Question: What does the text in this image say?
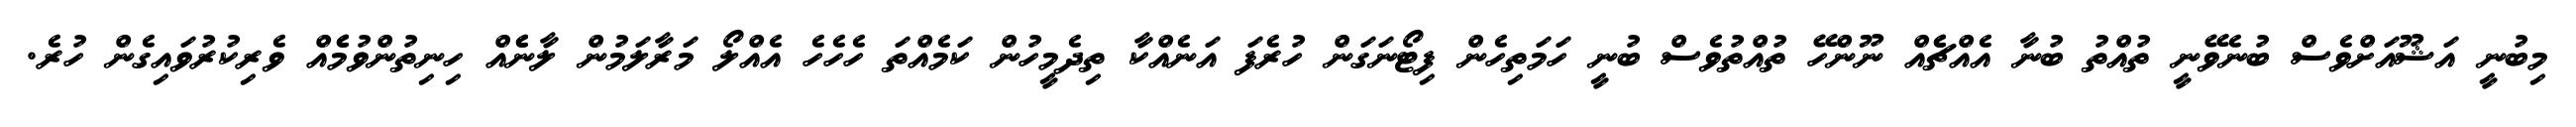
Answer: މިބުނީ އަޝޫއަށްވެސް ބުނެވޭނީ ތުއްތު ބުނާ އެއްޗެެއް ނޫންހޭ ތުއްތުވެސް ބުނީ ހަމަތިހެން ފިޓޯނަގަން ހުރެފަ އަނެއްކާ ތިދެމީހުން ކަމެއްތަ ހެހެހެ އެއްލޯ މަރާލަމުން ލާނެެއް ހިނިތުންވުމެެއް ވެރިކުރުވައިގެން ހުރެ.